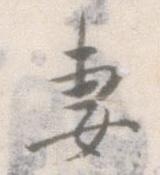
妻